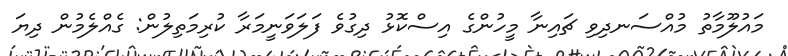
މައުލޫމާތު މުއްސަނދިވި ޗައިނާ މީހުންގެ އިސްކޮޅު ދިގުވެ ފަލަވަނީމަރާ ކުރިމަތިލުން: ގެއްލެމުން ދިޔަ